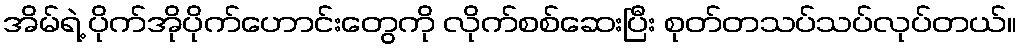
အိမ်ရဲ့ ပိုက်အိုပိုက်ဟောင်းတွေကို လိုက်စစ်ဆေးပြီး စုတ်တသပ်သပ်လုပ်တယ်။